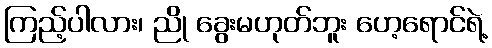
ကြည့်ပါလား၊ ညို ခွေးမဟုတ်ဘူး ဟေ့ရောင်ရဲ့